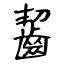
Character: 齧